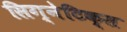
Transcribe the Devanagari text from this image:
सिग्नेटिक्स